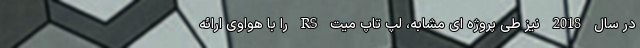
در سال 2018 نیز طی پروژه ای مشابه، لپ تاپ میت RS را با هواوی ارائه